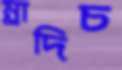
ম্লাদিচ